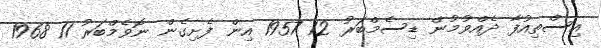
އިސްތިއުފާ ދެއްވުމުން ޑިސެމްބަރު 12 1957 އިން ފެށިގެން ނޮވެމްބަރު 11 1968